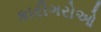
કારીગરોઓ